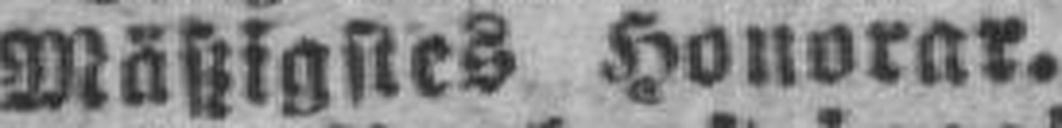
Mäßigstes Honorar.